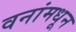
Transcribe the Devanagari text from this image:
वनांमधून